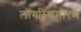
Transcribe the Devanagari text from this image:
लॉगरिथमोरम